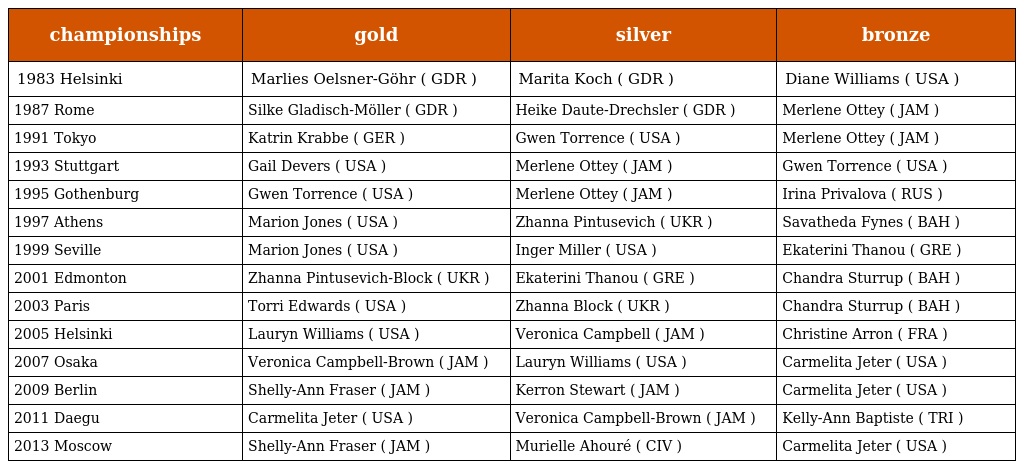
| championships | gold | silver | bronze |
 | --- | --- | --- | --- |
 | 1983 Helsinki | Marlies Oelsner-Göhr ( GDR ) | Marita Koch ( GDR ) | Diane Williams ( USA ) |
 | 1987 Rome | Silke Gladisch-Möller ( GDR ) | Heike Daute-Drechsler ( GDR ) | Merlene Ottey ( JAM ) |
 | 1991 Tokyo | Katrin Krabbe ( GER ) | Gwen Torrence ( USA ) | Merlene Ottey ( JAM ) |
 | 1993 Stuttgart | Gail Devers ( USA ) | Merlene Ottey ( JAM ) | Gwen Torrence ( USA ) |
 | 1995 Gothenburg | Gwen Torrence ( USA ) | Merlene Ottey ( JAM ) | Irina Privalova ( RUS ) |
 | 1997 Athens | Marion Jones ( USA ) | Zhanna Pintusevich ( UKR ) | Savatheda Fynes ( BAH ) |
 | 1999 Seville | Marion Jones ( USA ) | Inger Miller ( USA ) | Ekaterini Thanou ( GRE ) |
 | 2001 Edmonton | Zhanna Pintusevich-Block ( UKR ) | Ekaterini Thanou ( GRE ) | Chandra Sturrup ( BAH ) |
 | 2003 Paris | Torri Edwards ( USA ) | Zhanna Block ( UKR ) | Chandra Sturrup ( BAH ) |
 | 2005 Helsinki | Lauryn Williams ( USA ) | Veronica Campbell ( JAM ) | Christine Arron ( FRA ) |
 | 2007 Osaka | Veronica Campbell-Brown ( JAM ) | Lauryn Williams ( USA ) | Carmelita Jeter ( USA ) |
 | 2009 Berlin | Shelly-Ann Fraser ( JAM ) | Kerron Stewart ( JAM ) | Carmelita Jeter ( USA ) |
 | 2011 Daegu | Carmelita Jeter ( USA ) | Veronica Campbell-Brown ( JAM ) | Kelly-Ann Baptiste ( TRI ) |
 | 2013 Moscow | Shelly-Ann Fraser ( JAM ) | Murielle Ahouré ( CIV ) | Carmelita Jeter ( USA ) |